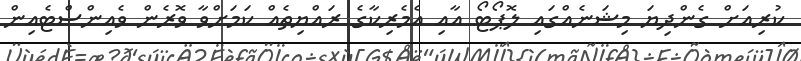
ކުރިއަށް ގެންދިޔަ މިޝަނެއްގައި ލޮޕޯޓޯ އާއި އެމެރިކާގެ ރައްޔިތެއް ކަމަށްވާ ވޮރެން ވެއިންސްޓެއިން